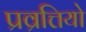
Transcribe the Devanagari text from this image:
प्रव्रत्तियो